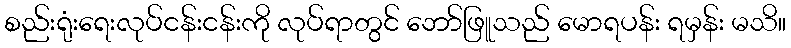
စည်းရုံးရေးလုပ်ငန်းငန်းကို လုပ်ရာတွင် ဘော်ဖြူသည် မောရပန်း ရမှန်း မသိ။